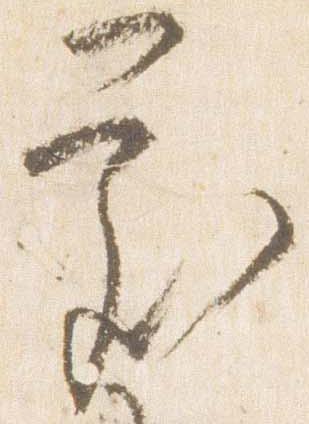
処